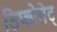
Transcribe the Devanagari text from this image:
डिप्लोमेट्